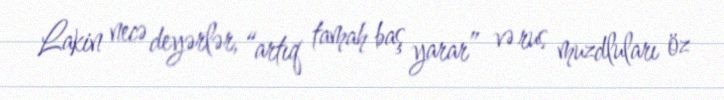
Lakin necə deyərlər, “artıq tamah baş yarar” və rus muzdluları öz